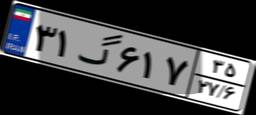
۳۱گ۶۱۷۳۵